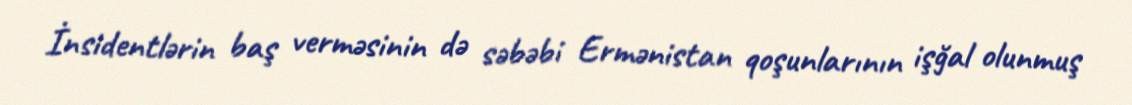
İnsidentlərin baş verməsinin də səbəbi Ermənistan qoşunlarının işğal olunmuş